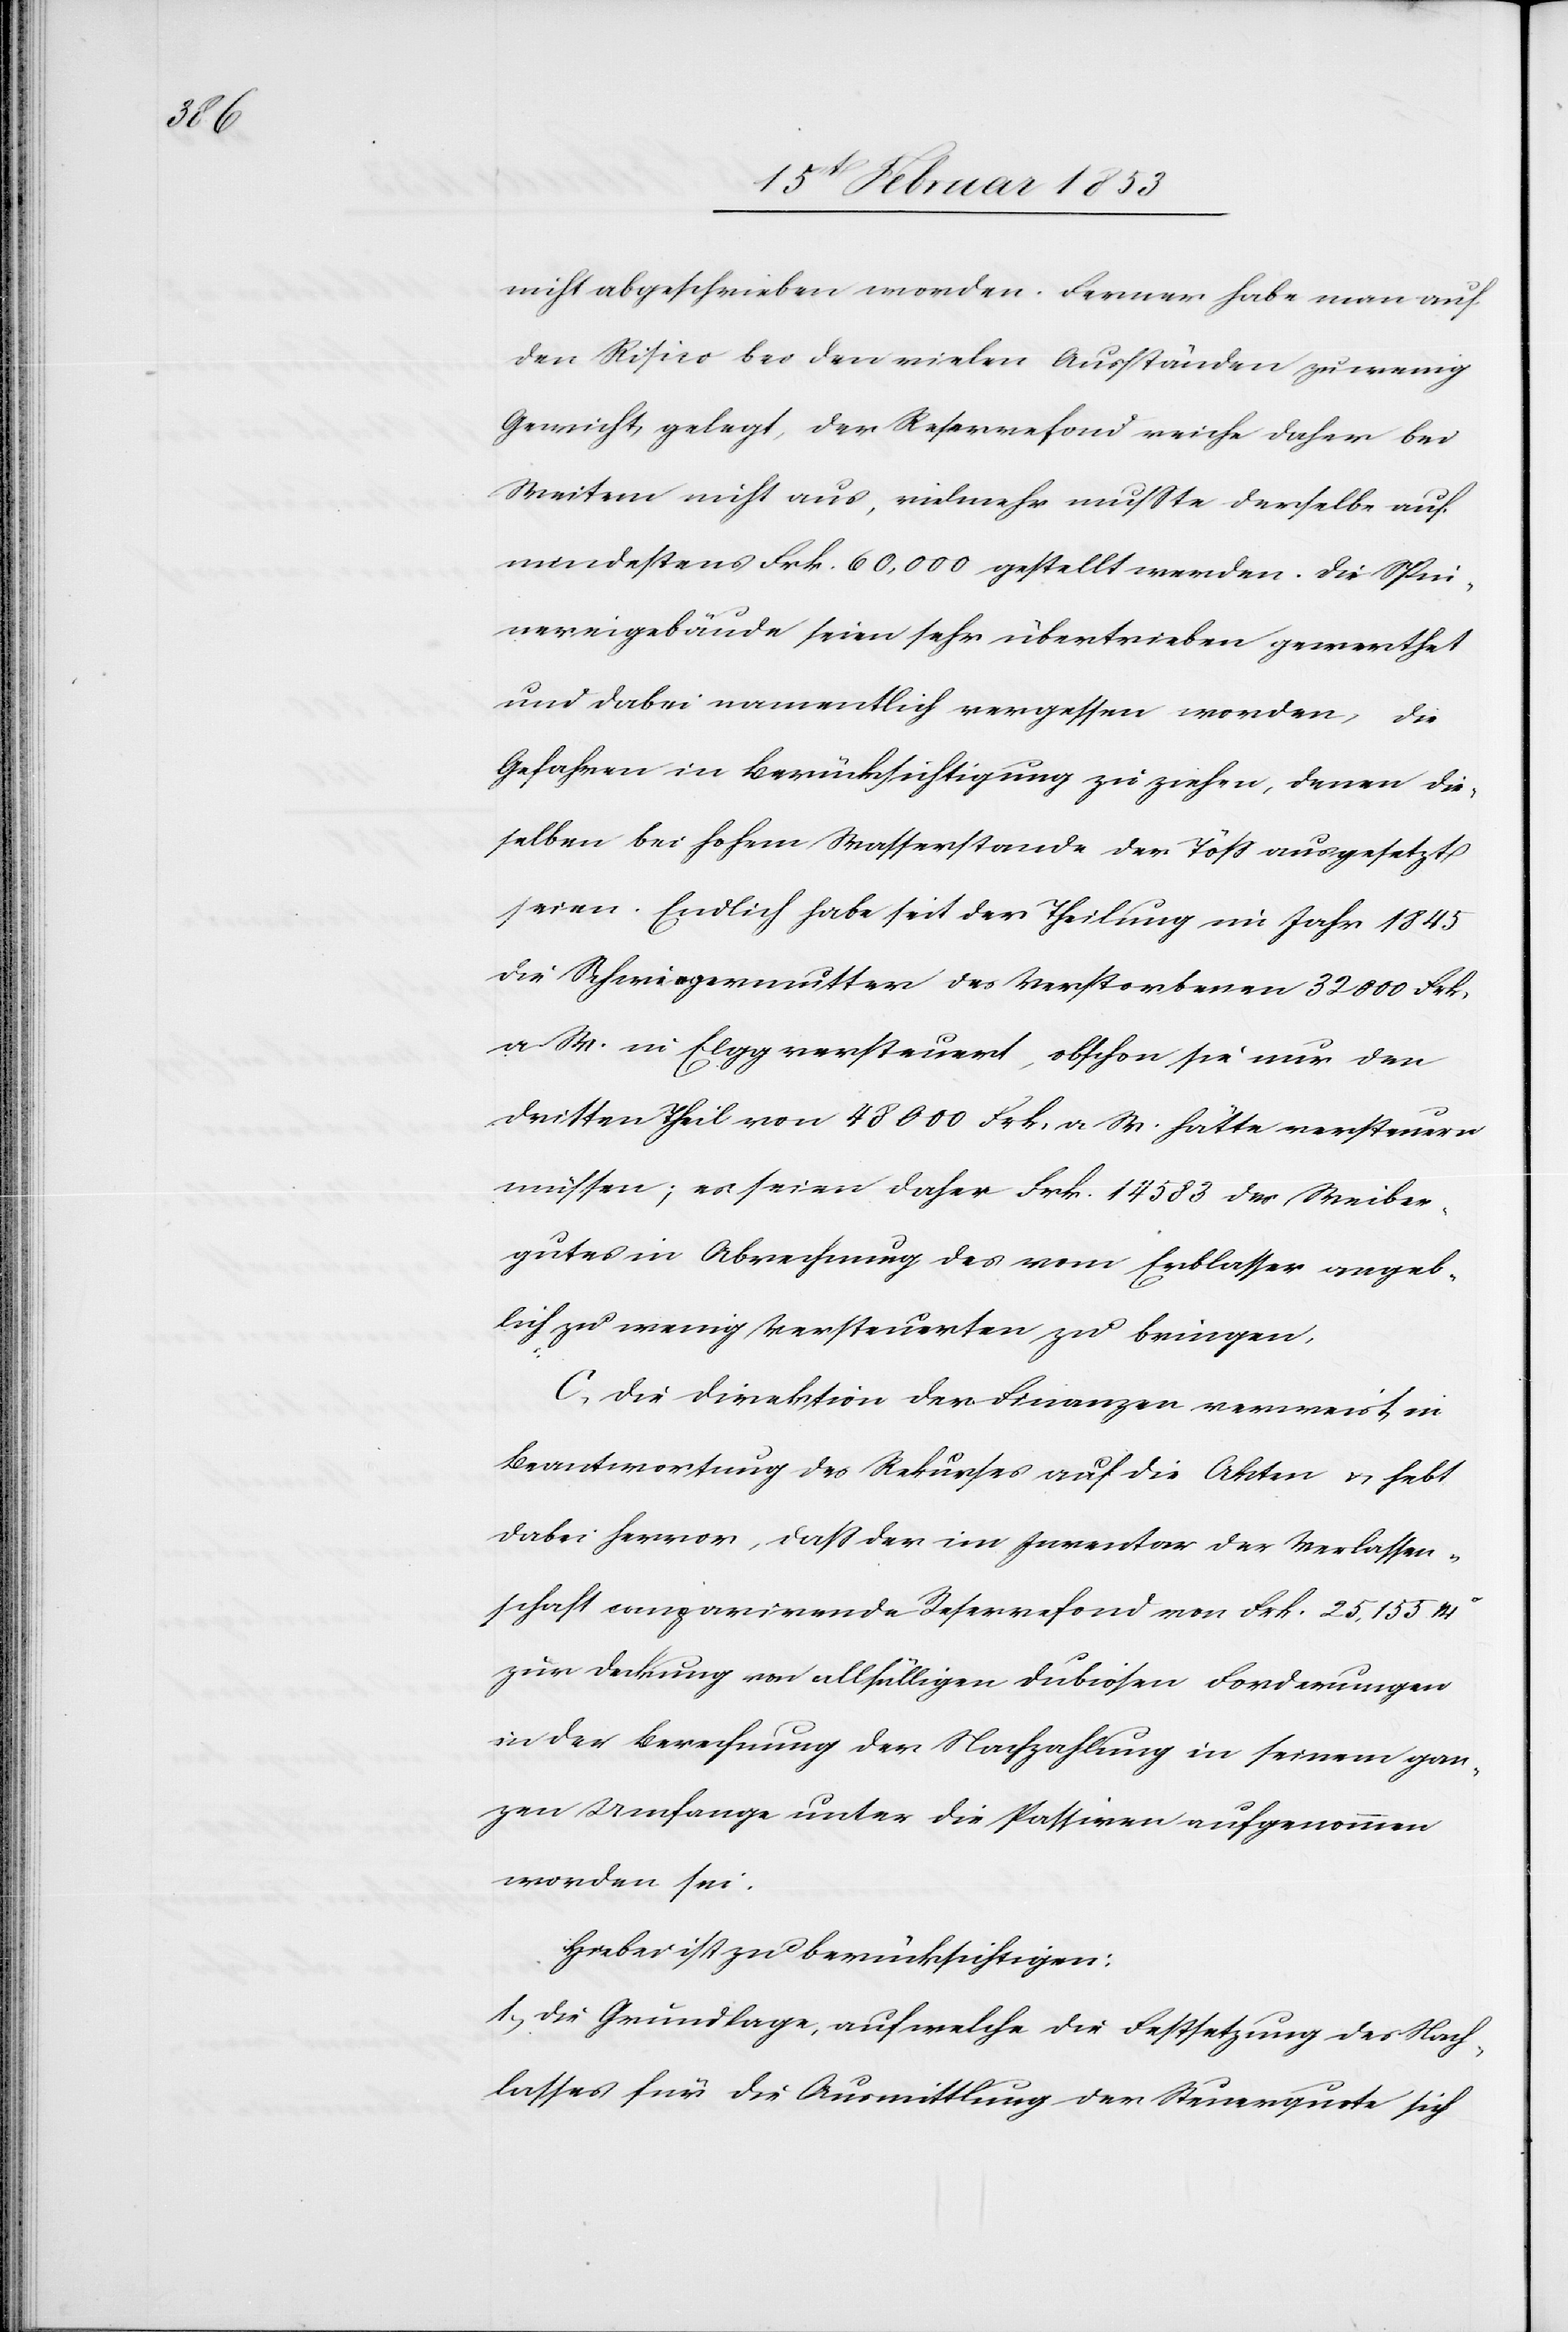
nicht abgeschrieben worden. Ferner habe man auf
den Risico bei den vielen Ausständen zu wenig
Gewicht gelegt, der Reservefond reiche daher bei
Weitem nicht aus, vielmehr mußte derselbe auf
mindestens Frk. 60,000 gestellt werden. Die Spin¬
nereigebäude seien sehr übertrieben gewerthet
und dabei namentlich vergessen worden, die
Gefahren in Berücksichtigung zu ziehen, denen die¬
selben bei hohem Wasserstande der Töß ausgesetzt
seien. Endlich habe seit der Theilung im Jahr 1845
die Schwiegermutter des Verstorbenen 32000 Frk.
a. W. in Elgg versteuert, obschon sie nur den
dritten Theil von 48000 Frk. a. W. hätte versteuern
müssen; es seien daher Frk. 14583 des Weiber¬
gutes in Abrechnung des vom Erblasser angeb¬
lich zu wenig Verbesserung zu bringen.
C, Die Direktion der Finanzen verweist, in
Beantwortung des Rekurses auf die Akten u. hebt
dabei hervor, daß der im Inventar der Verlassen¬
schaft comparirende Reservefond von Frk. 25,155.14
zur Deckung von allfälligen dubiosen Forderungen
in der Berechnung der Nachzahlung in seinem gan¬
zen Umfange unter die Passiven aufgenommen
worden sei.
Hiebei ist zu berücksichtigen:
1, Die Grundlage, auf welche die Festsetzung des Nach¬
lasses für die Ausmittlung der Steuerquote sich